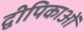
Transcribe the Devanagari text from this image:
द्वीपिकाओं